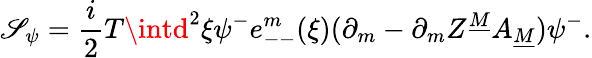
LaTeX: \mathscr{S}_{\psi}={\frac{{i}}{{2}}}T\intd^{2}\xi\psi^{-}e_{--}^{m}(\xi)(\partial_{m}-\partial_{m}Z^{\underline{{{M}}}}A_{\underline{{{M}}}})\psi^{-}.